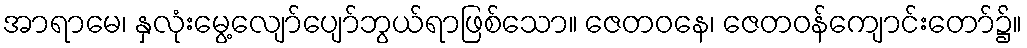
အာရာမေ၊ နှလုံးမွေ့လျော်ပျော်ဘွယ်ရာဖြစ်သော။ ဇေတဝနေ၊ ဇေတဝန်ကျောင်းတော်၌။